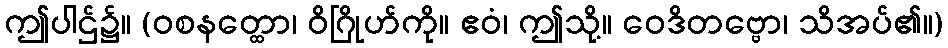
ဤပါဌ်၌။ (ဝစနတ္ထော၊ ဝိဂြိုဟ်ကို။ ဧဝံ၊ ဤသို့။ ဝေဒိတဗ္ဗော၊ သိအပ်၏။)